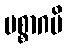
ပစ္စာဂမိ